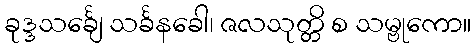
ခုဒ္ဒသင်္ချေ သင်္ခနခေါ၊ ဇလသုတ္တိ စ သမ္ဗုကော။